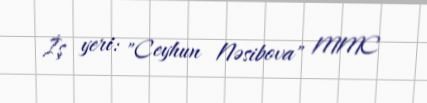
İş yeri: "Ceyhun Nəsibova" MMC